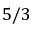
5 / 3